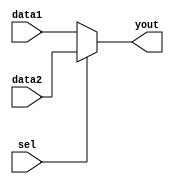
module mux2x1_beh(data1, data2, sel, yout) ;

	input data1, data2, sel ;
	output yout ;
	
	reg yout ;

	always @(data1, data2, sel) 
		begin: always_block
			if(sel == 1 'b0)
				yout = data1 ;

			else if(sel == 1 'b1)
				yout = data2 ;

			else
				yout = 1 'bx ;
		end: always_block

endmodule